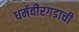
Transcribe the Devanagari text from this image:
धर्मवीरगडाची